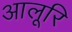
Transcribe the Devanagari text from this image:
आलूरि